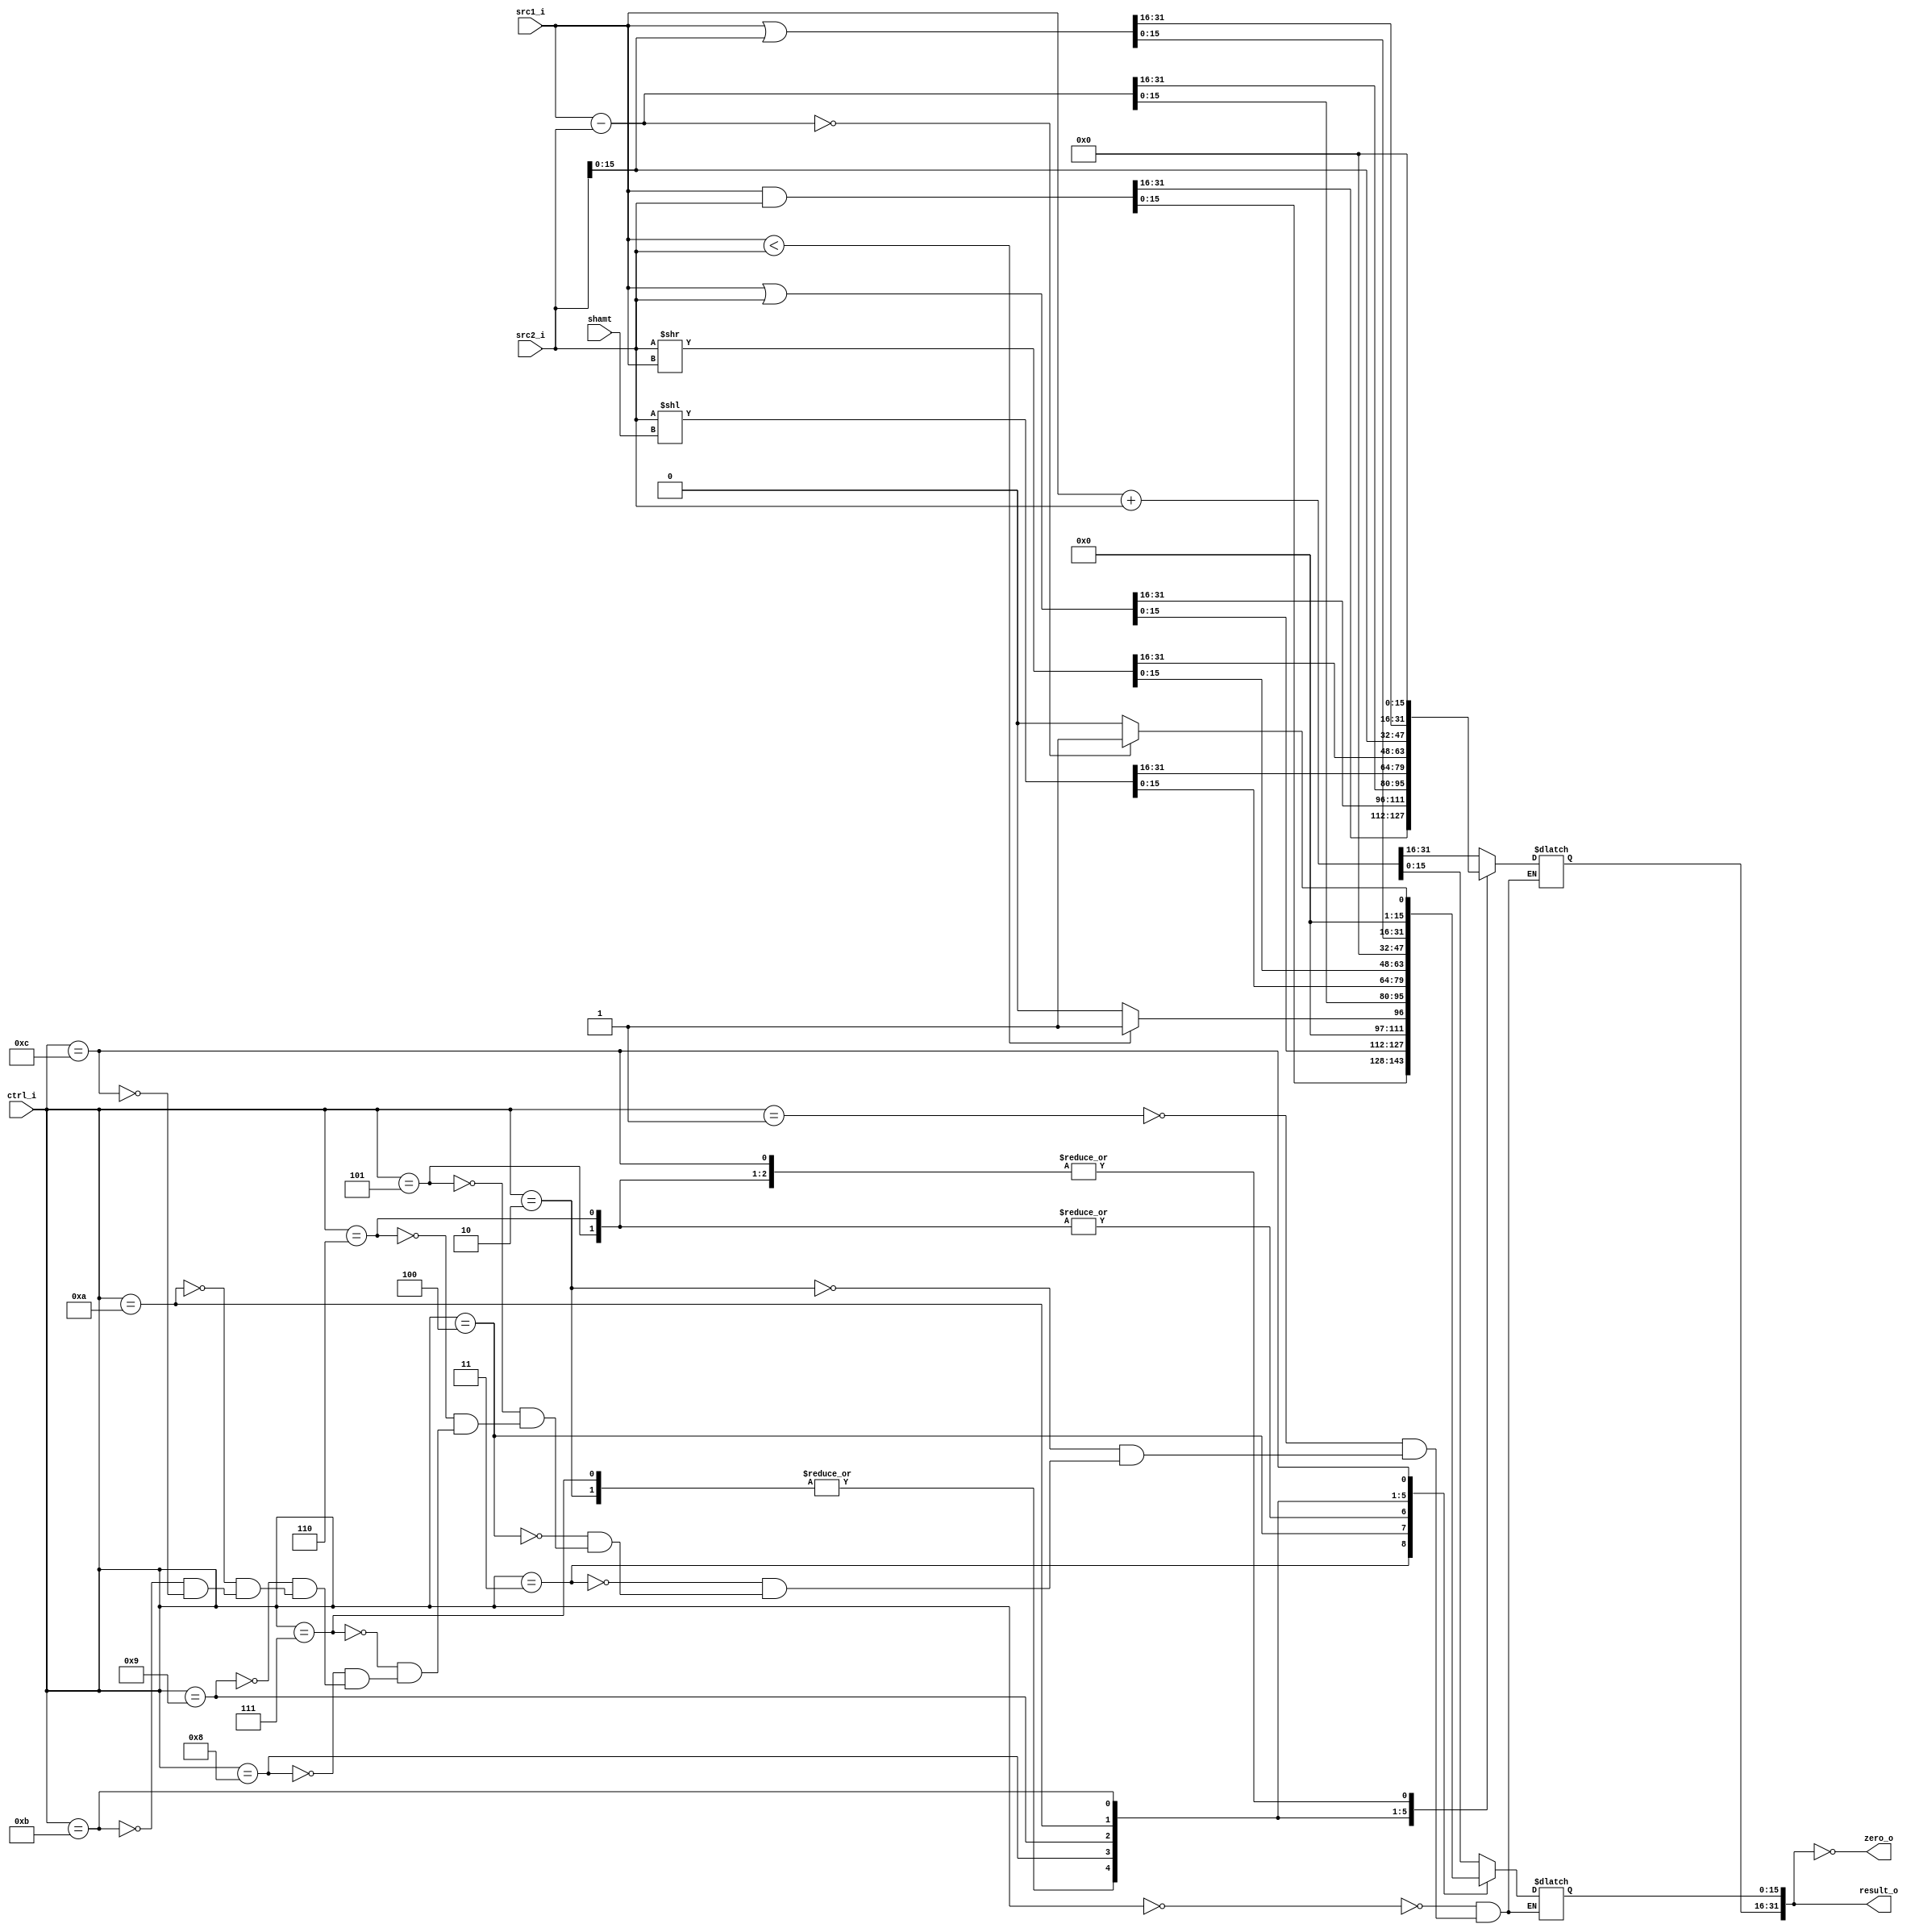
module ALU(
    src1_i,
	src2_i,
	ctrl_i,
	result_o,
	zero_o,
	shamt
	);
     
//I/O ports
input  [32-1:0]  src1_i;
input  [32-1:0]	 src2_i;
input  [4-1:0]   ctrl_i;
input [4:0] shamt;

output [32-1:0]	 result_o;
output           zero_o;

//Internal signals
reg    [32-1:0]  result_o;
wire             zero_o;

assign zero_o = (result_o == 0);
//Parameter

//Main function
always @(*)begin
	case (ctrl_i)
		4'b0000 : result_o <= src1_i + src2_i;//add
		4'b0001 : result_o <= src1_i + src2_i;//addi
		4'b0010 : result_o <= src1_i - src2_i;//sub
		4'b0011 : result_o <= (src1_i & src2_i);//and
		4'b0100 : result_o <= (src1_i | src2_i);//or
		4'b0101 : begin//slt
			if(src1_i < src2_i)result_o <= 1;
			else result_o <= 0;
		end
		4'b0110 : begin//slti
			if(src1_i < src2_i)result_o <= 1;
			else result_o <= 0;
		end
		4'b0111 : begin//beq
			result_o <= src1_i - src2_i;//have problem	
		end
		4'b1000 : begin//sll
			result_o <= (src2_i<<shamt);
		end
		4'b1001 : begin//srlv
			result_o <= (src2_i>>src1_i);
		end
		4'b1010 : begin//lui
			result_o[31:16] <= src2_i[15:0];
			result_o[15:0] <= 0;
		end
		4'b1011 : begin//ori
			result_o <= src1_i|{{16{0}},src2_i[15:0]};
		end
		4'b1100 : begin//bne
			if(src1_i-src2_i == 0)result_o  <= 1;
			else result_o  <= 0;
		end
		default : result_o <= result_o;
	endcase
end
endmodule